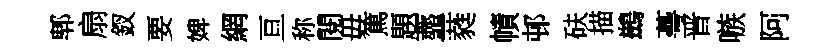
郫扇釵要婢網亘称閱毋篤題虀蕤幘邨砆描鷀蕚晋嗾阿